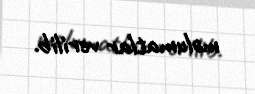
məlumatlar verilib.